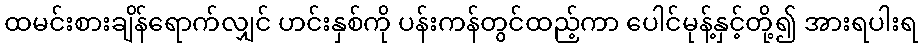
ထမင်းစားချိန်ရောက်လျှင် ဟင်းနှစ်ကို ပန်းကန်တွင်ထည့်ကာ ပေါင်မုန့်နှင့်တို့၍ အားရပါးရ